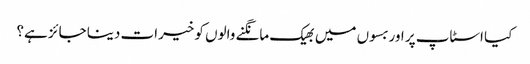
کیا اسٹاپ پر اور بسوں میں بھیک مانگنے والوں کو خیرات دینا جائز ہے؟